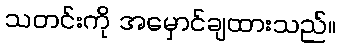
သတင်းကို အမှောင်ချထားသည်။